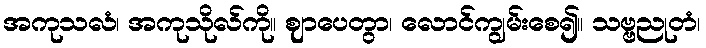
အကုသလံ၊ အကုသိုလ်ကို။ ဈာပေတွာ၊ လောင်ကျွမ်းစေ၍။ သဗ္ဗညုတံ၊